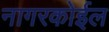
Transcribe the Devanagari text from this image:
नागरकोईल